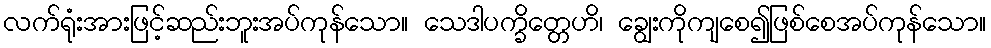
လက်ရုံးအားဖြင့်ဆည်းဘူးအပ်ကုန်သော။ သေဒါပက္ခိတ္တေဟိ၊ ချွေးကိုကျစေ၍ဖြစ်စေအပ်ကုန်သော။